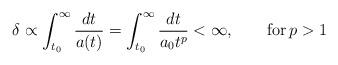
LaTeX: \begin{align*} \delta \propto \int _{t_0}^\infty \frac{dt}{a(t)} = \int _{t_0}^\infty \frac{dt}{a_0t^p} < \infty, \qquad {\rm for}\, p>1\end{align*}